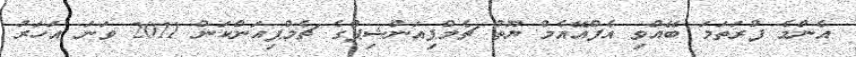
އެންމެ ފުރަތަމަ ބޭއްވި އެފްއޭއެމް ޔޫތު ޗެމްޕިއަންޝިޕްގެ ޗެމްޕިއަންކަން 2011 ވަނަ އަހަރު